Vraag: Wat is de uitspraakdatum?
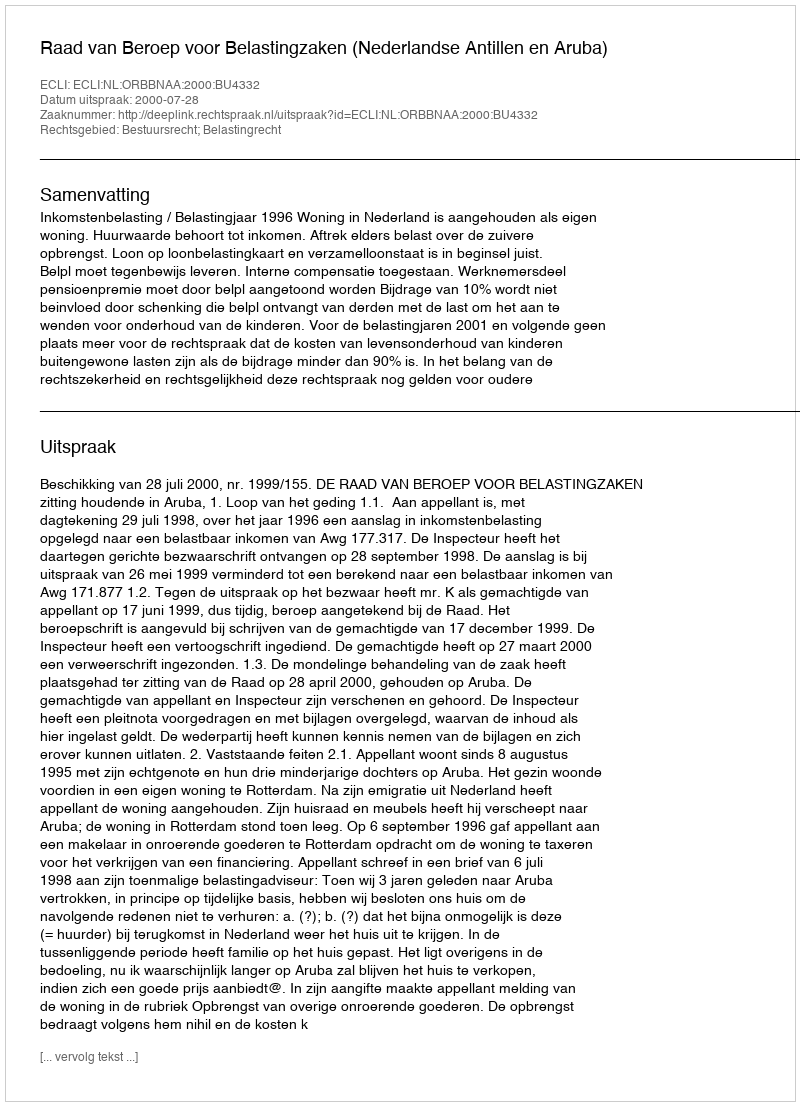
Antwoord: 2000-07-28